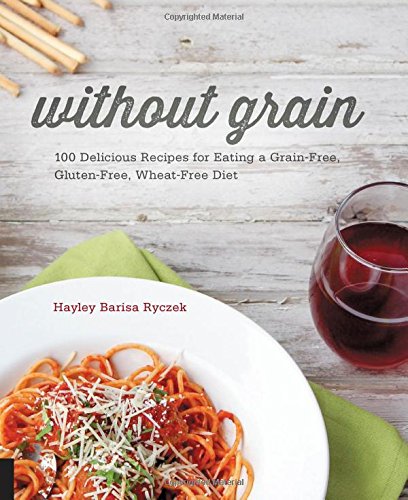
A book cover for Without Grain: 100 Delicious Recipes for Eating a Grain-Free, Gluten-Free, Wheat-Free Diet; Hayley Barisa Ryczek; Cookbooks, Food & Wine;